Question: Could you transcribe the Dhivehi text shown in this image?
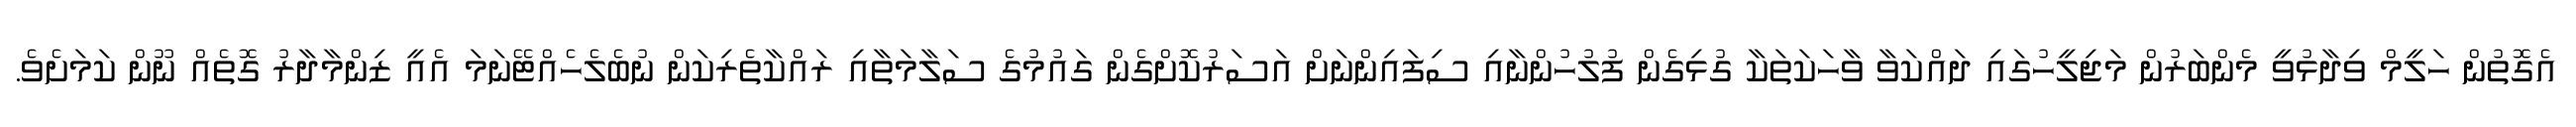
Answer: އެގޮތުން ހަލީމް ވިދާޅުވީ މެންބަރުން މަޖިލީހުގައި ދައްކަވާ ވާހަކަތަކާ ގުޅިގެން ފުލުހުންނާއި ސިފައިންނަށް އަސަރުކޮށްގެން ގައުމުގެ ސަލާމަތާއި ރައްކާތެރިކަން ނުބެލެހެއްޓޭނަމަ އެއީ ޒިންމާދާރު ގޮތެއް ނޫން ކަމަށެވެ.